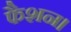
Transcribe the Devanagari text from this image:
फैशन।